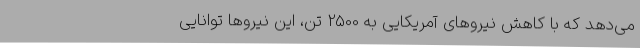
می‌دهد که با کاهش نیروهای آمریکایی به 2500 تن، این نیروها توانایی